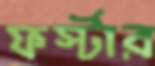
ফর্স্টার